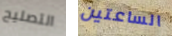
التصليح الساعتين